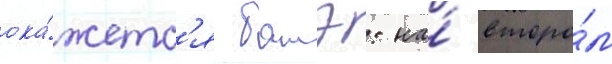
ока́жетс'я батэ: на́ второ́м